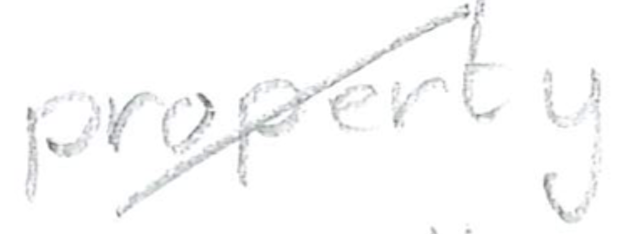
Text: property
Cross-out: diagonal
Writing tool: pencil